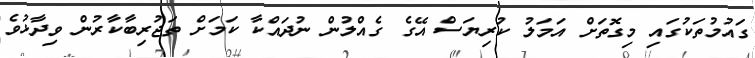
ގައުމުތަކުގައި މިގޮތަށް އަމަލު ކުރިޔަސް އޭގެ ގެއްލުން ނުދައްކާ ކަމަށް ތަޖުރިބާކާރުން ވިދާޅުވެ